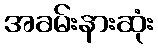
အခမ်းနားဆုံး